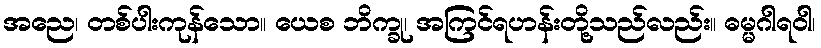
အညေ၊ တစ်ပါးကုန်သော။ ယေစ ဘိက္ခု၊ အကြင်ရဟန်းတို့သည်လည်း။ ဓမ္မဂါရဝါ၊